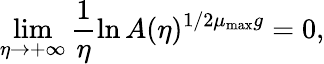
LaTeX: \operatorname*{lim}_{\eta\to+\infty}\frac{1}{\eta}\ln A(\eta)^{1/2\mu_{\mathrm{max}}g}=0,